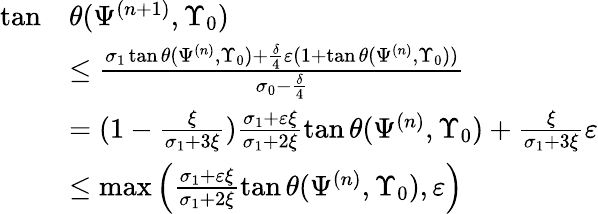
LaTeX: \begin{array}{rl}{\tan}&{\theta(\Psi^{(n+1)},\Upsilon_{0})}\\ &{\leq\frac{\sigma_{1}\tan\theta(\Psi^{(n)},\Upsilon_{0})+\frac{\delta}{4}\varepsilon(1+\tan\theta(\Psi^{(n)},\Upsilon_{0}))}{\sigma_{0}-\frac{\delta}{4}}}\\ &{=(1-\frac{\xi}{\sigma_{1}+3\xi})\frac{\sigma_{1}+\varepsilon\xi}{\sigma_{1}+2\xi}\tan\theta(\Psi^{(n)},\Upsilon_{0})+\frac{\xi}{\sigma_{1}+3\xi}\varepsilon}\\ &{\leq\operatorname*{max}\left(\frac{\sigma_{1}+\varepsilon\xi}{\sigma_{1}+2\xi}\tan\theta(\Psi^{(n)},\Upsilon_{0}),\varepsilon\right)}\end{array}